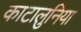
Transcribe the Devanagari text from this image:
काटालुनिया